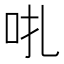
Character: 𠯩